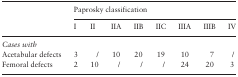
|  | <COLSPAN=8> Paprosky classification |
 |  | I | II | IIA | IIB | IIC | IIIA | IIIB | IV |
 | --- | --- | --- | --- | --- | --- | --- | --- | --- |
 | <COLSPAN=9> Cases with |
 | Acetabular defects | 3 | / | 10 | 20 | 19 | 10 | 7 | / |
 | Femoral defects | 2 | 10 | / | / | / | 24 | 20 | 3 |